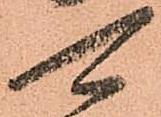
可